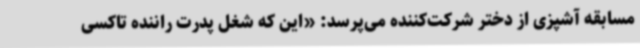
مسابقه آشپزی از دختر شرکت‌کننده می‌پرسد: «این که شغل پدرت راننده تاکسی